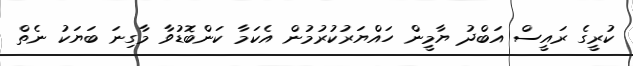
ކުރީގެ ރައީސް އަބްދު ޔާމީން ހައްޔަރުކުރުމުން އެކަމާ ކަންބޮޑުވާ މާގިނަ ބަޔަކު ނެތް